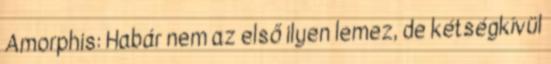
Amorphis: Habár nem az első ilyen lemez, de kétségkívül